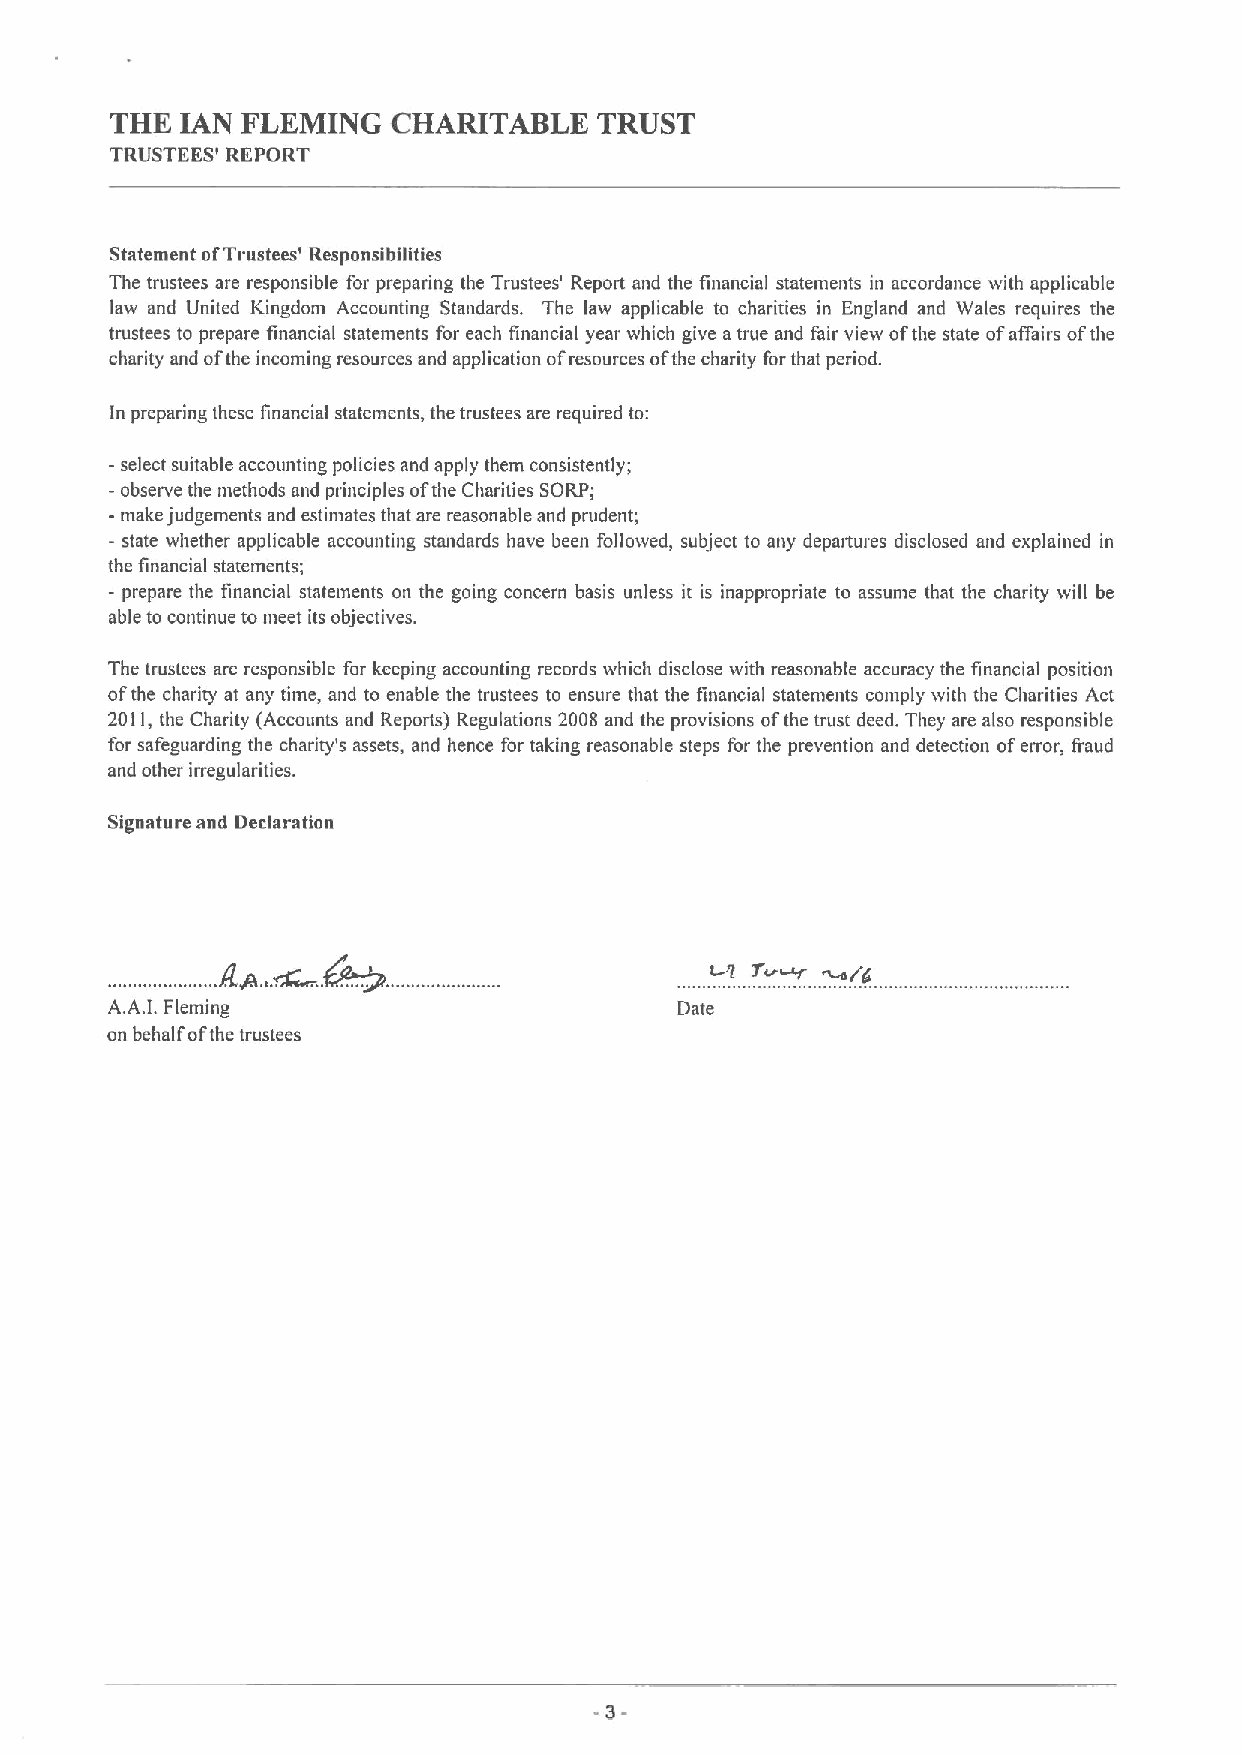
THE  IAN FLEMING   CHARITABLE    TRUST
 TRUSTEES' REPORT
 Statement ofTrustees' Responsibilities
 The trustees are responsible for preparing the Trustees' Report and the financial statements in accordance with applicable
 law and United Kingdom Accounting Standards. The law applicable to charities in England and Wales requires the
 trustees to prepare financial statements for each financial year which give atrue and fair view ofthe state ofaffairs ofthe
 charity and ofthe incoming resources and application ofresources ofthe charity forthat period.
 In preparing these financial statements, the trustees are required to:
 -select suitable accounting policies and apply them consistently;
 -observe the methods and principles ofthe Charities SORP;
 -make judgements and estimates that are reasonable and prudent;
 - state whether applicable accounting standards have been followed, subject to any departures disclosed and explained in
 the financial statements;
 - prepare the financial statements on the going concern basis unless it is inappropriate to assume that the charity will be
 able to continue to meet its objectives.
 The trustees are responsible for keeping accounting records which disclose with reasonable accuracy the financial position
 ofthe charity at any time, and to enable the trustees to ensure that the financial statements comply with the Charities Act
 2011,the Charity (Accounts and Reports) Regulations 2008 and the provisions ofthe trust deed. They are also responsible
 for safeguarding the charity's assets, and hence for taking reasonable steps for the prevention and detection oferror, fraud
 and other irregularities.
 Signature and Declaration
 A.A.I.Fleming                         Date
 on behalf ofthe trustees